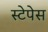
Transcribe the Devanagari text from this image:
स्टेपेस